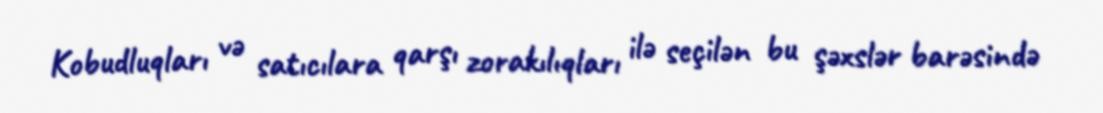
Kobudluqları və satıcılara qarşı zorakılıqları ilə seçilən bu şəxslər barəsində